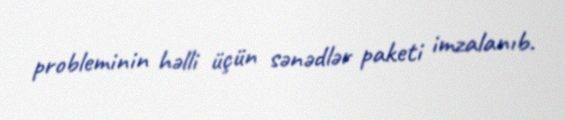
probleminin həlli üçün sənədlər paketi imzalanıb.